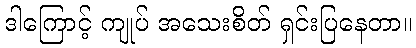
ဒါကြောင့် ကျုပ် အသေးစိတ် ရှင်းပြနေတာ။